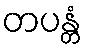
တပန္တံ